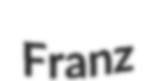
Franz